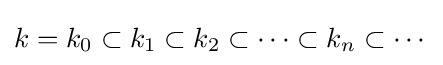
k=k_{0}\subset k_{1}\subset k_{2}\subset \cdots \subset k_{n}\subset \cdots